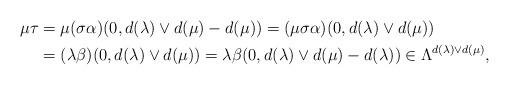
LaTeX: \begin{align*}\mu\tau&=\mu(\sigma\alpha)(0, d(\lambda)\vee d(\mu)-d(\mu))=(\mu\sigma\alpha)(0, d(\lambda)\vee d(\mu))\\&=(\lambda\beta)(0, d(\lambda)\vee d(\mu))=\lambda\beta(0, d(\lambda)\vee d(\mu)-d(\lambda))\in \Lambda^{d(\lambda)\vee d(\mu)},\end{align*}